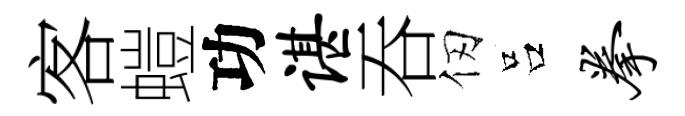
客螘功谌吞仞吕拳